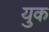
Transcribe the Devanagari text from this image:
युक